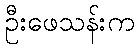
ဦးဖေသန်းက